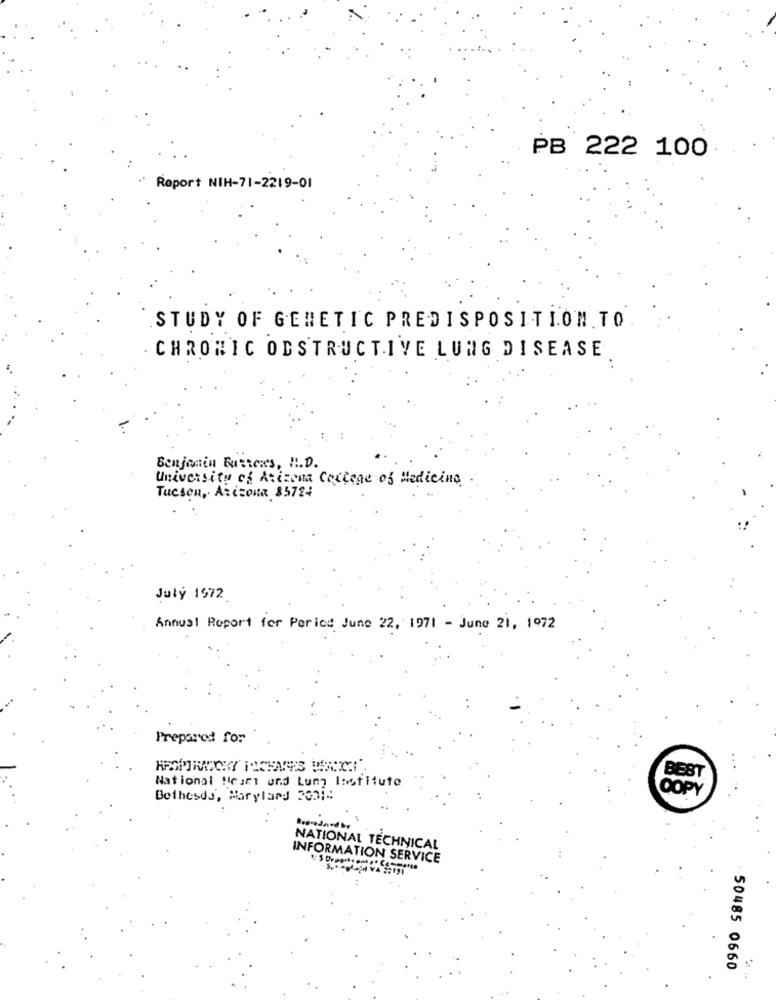
PB 222 100
" Report NIH-71-2219-01
STUDY OF GENETIC PREDISPOSITION.TO
CHRONIC OBSTRUCTIVE LUNG DISEASE
Benjamin Buttons, H.D.
University of Arizona College of Medicine
Tucson, Arizona $5724
July 1972
Annual Report for Period June 22, 1971 - June 21, 1972
Prepared for
National Heart and Lung Institute
OOPY
Bethesda, Maryland 20010
NATIONAL TECHNICAL
INFORMATION SERVICE
50485 0660